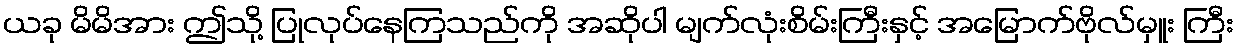
ယခု မိမိအား ဤသို့ ပြုလုပ်နေကြသည်ကို အဆိုပါ မျက်လုံးစိမ်းကြီးနှင့် အမြောက်ဗိုလ်မှူး ကြီး